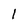
Character: 1